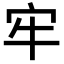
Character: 牢